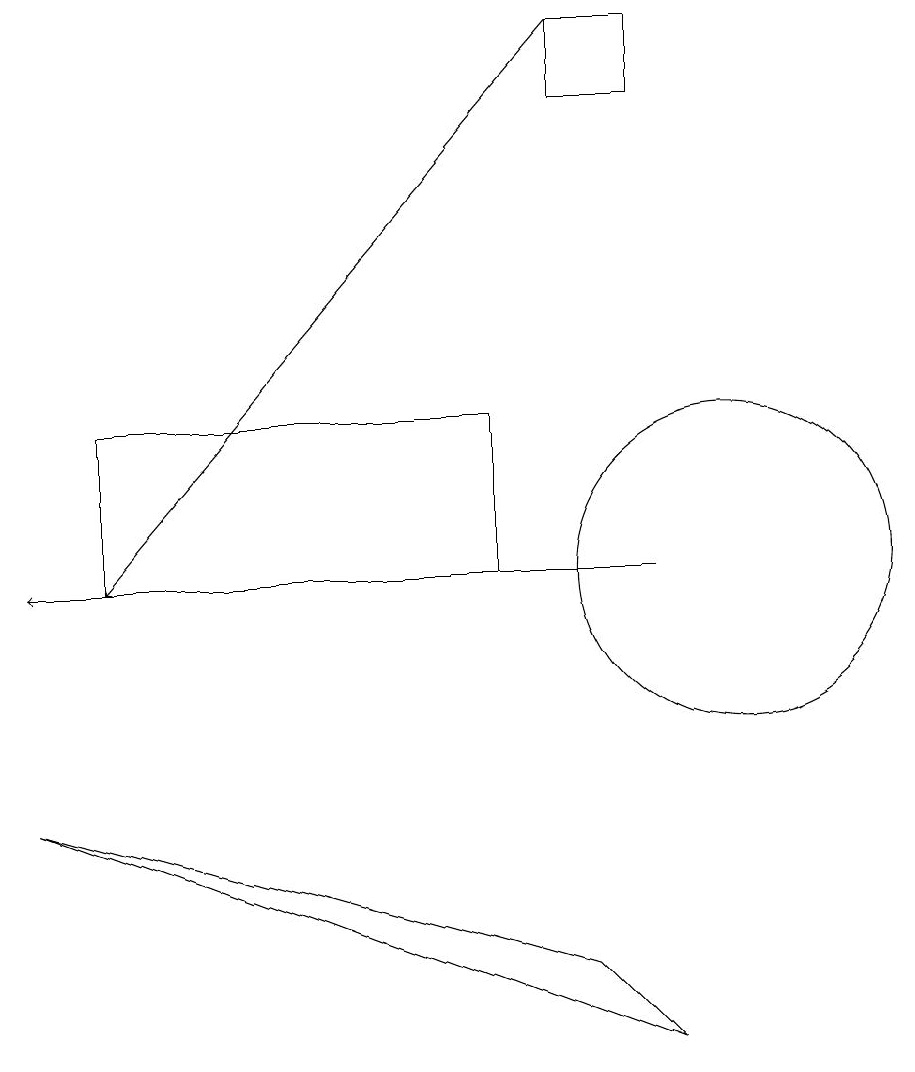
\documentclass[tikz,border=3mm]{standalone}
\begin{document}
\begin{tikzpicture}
\draw[->] (8,19) -- (2,12);
\draw (10,12) circle (2);
\draw (8,19) rectangle (9,18);
\draw (1,9) -- (8,7) -- (9,6) -- cycle;
\draw[->] (9,12) -- (1,12);
\draw (7,12) rectangle (2,14);
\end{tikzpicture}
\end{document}